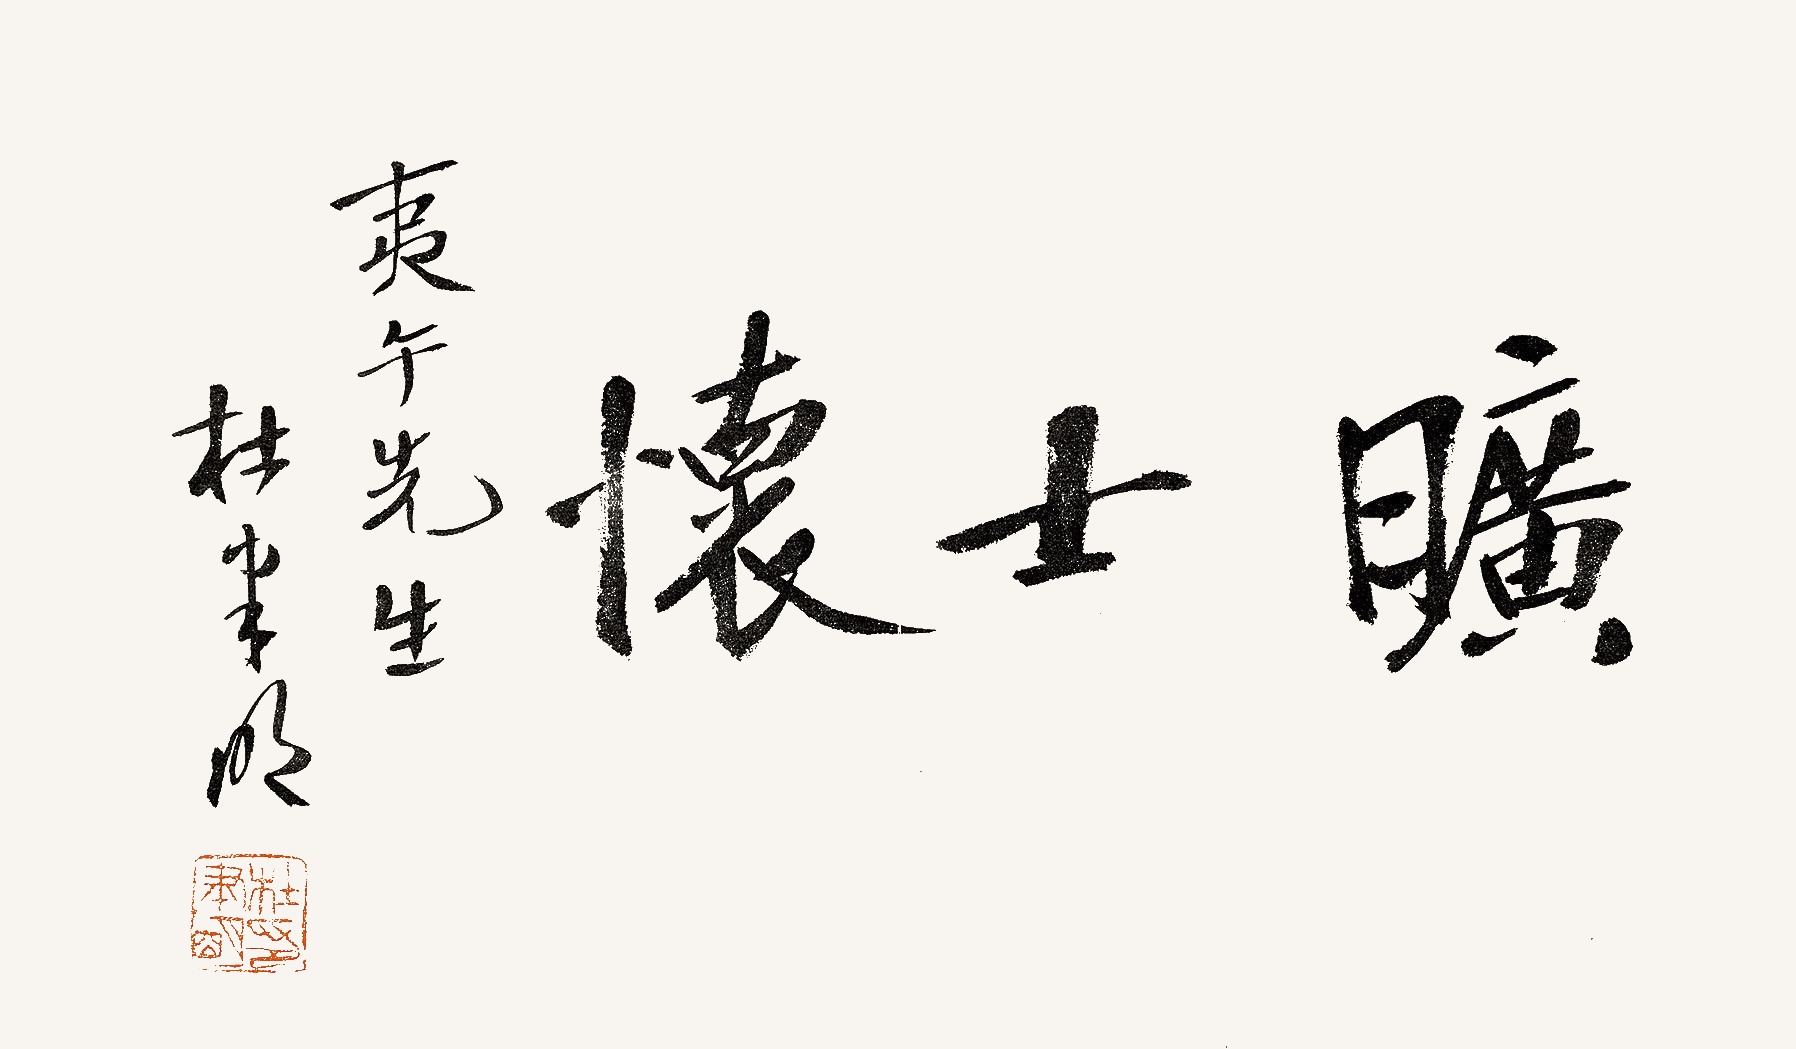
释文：旷士怀。夷午先生。杜聿明